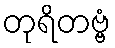
တုရိတဗ္ဗံ